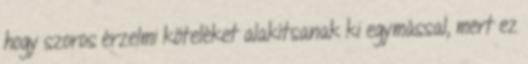
hogy szoros érzelmi köteléket alakítsanak ki egymással, mert ez